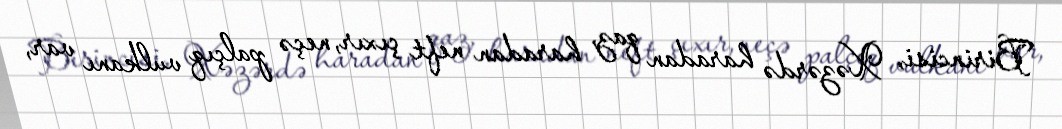
Birincisi, Xəzərdə haradan qaz, haradan neft çıxır, neçə palçıq vulkanı var,